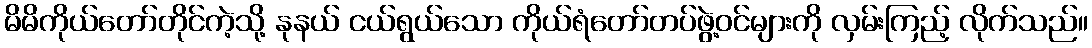
မိမိကိုယ်တော်တိုင်ကဲ့သို့ နုနယ် ငယ်ရွယ်သော ကိုယ်ရံတော်တပ်ဖွဲ့ဝင်များကို လှမ်းကြည့် လိုက်သည်။